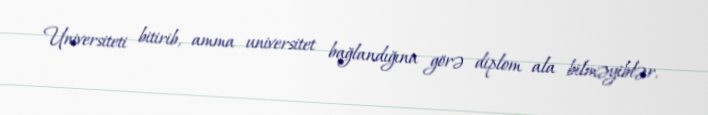
Universiteti bitirib, amma universitet bağlandığına görə diplom ala bilməyiblər.